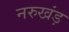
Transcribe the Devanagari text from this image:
नरुखंड़